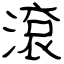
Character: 滾